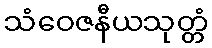
သံဝေဇနီယသုတ္တံ